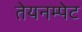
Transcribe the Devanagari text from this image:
तेयनम्पेट